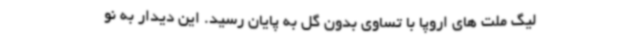
لیگ ملت های اروپا با تساوی بدون گل به پایان رسید. این دیدار به نو